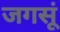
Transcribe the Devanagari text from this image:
जगसूं